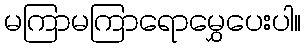
မကြာမကြာရောမွှေပေးပါ။